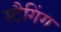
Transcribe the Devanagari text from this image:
स्टैगिंग